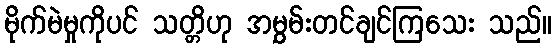
မိုက်မဲမှုကိုပင် သတ္တိဟု အမွှမ်းတင်ချင်ကြသေး သည်။